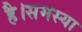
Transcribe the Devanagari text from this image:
है।समस्या